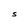
Character: S